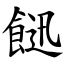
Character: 䭀